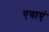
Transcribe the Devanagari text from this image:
एवाएं